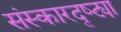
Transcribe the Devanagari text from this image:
संस्कारदृष्ट्या